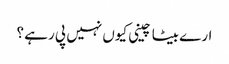
ارے بیٹا چینی کیوں نہیں پی رہے ؟